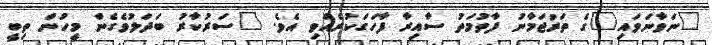
"ނަވާނަވައި"ގެ ތަރުޖަމާނު ފާތުމަތު ސާއިރާ ފާހަގަކުރެއްވި އެވެ. "ސަރުކާރު ބަދަލުވެގެން މީހުން ތިބީ